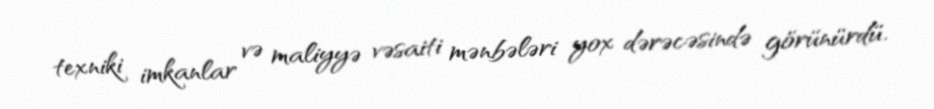
texniki imkanlar və maliyyə vəsaiti mənbələri yox dərəcəsində görünürdü.